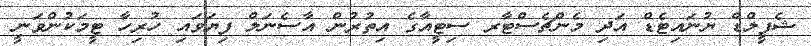
ޝެފީލްޑް ޔުނައިޓެޑް އަދި މެންޗެސްޓާރ ސިޓީއާގެ އިތުރުން އާސެނަލް ފިޔަވައި ހުރިހާ ޓީމަކުންވަނީ